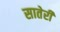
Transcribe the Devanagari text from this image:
सातेरी